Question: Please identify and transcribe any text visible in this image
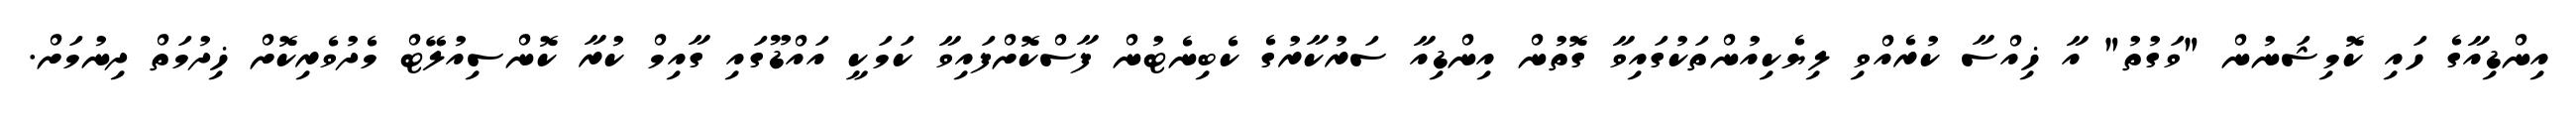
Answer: އިންޑިއާގެ ހައި ކޮމިޝަނުން "ވަގުތު" އާ ޚިއްސާ ކުރެއްވި ލިޔެކިއުންތަކުގައިވާ ގޮތުން އިންޑިއާ ސަރުކާރުގެ ކެބިނެޓުން ފާސްކޮށްފައިވާ ކަމަކީ އައްޑޫގައި ގާއިމް ކުރާ ކޮންސިއުލޭޓް މެދުވެރިކޮށް ޚިދުމަތް ދިނުމަށް.